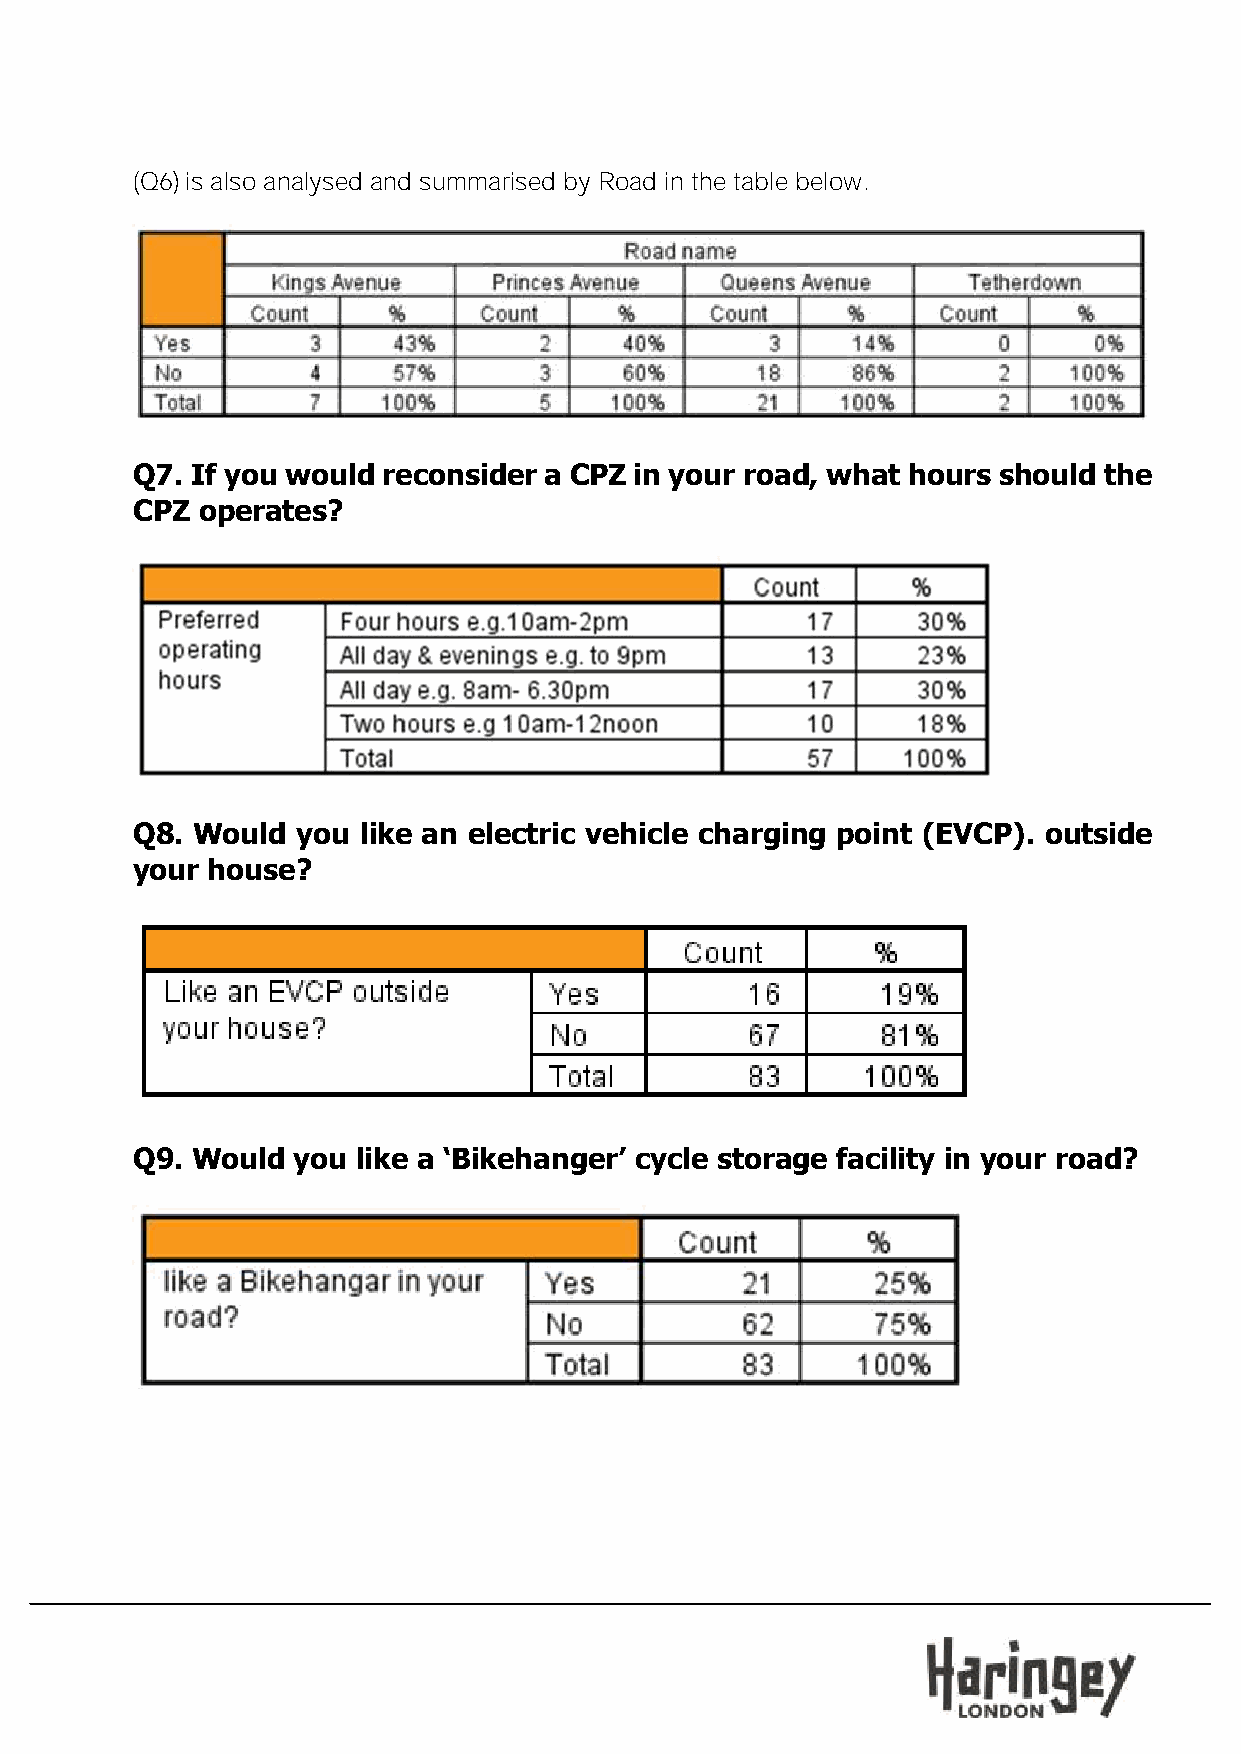
(Q6) is also analysed and summarised by Road in the table below.
 Q7. If you would reconsider a CPZ in your road, what hours should the
 CPZ operates?
 Q8. Would  you like an electric vehicle charging point (EVCP). outside
 your house?
 Q9. Would you  like a ‘Bikehanger’ cycle storage facility in your road?